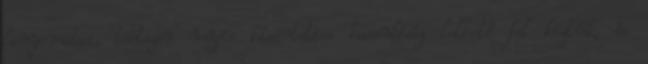
lenyomatai, többször mégis kísérteties hasonlóság lelhető fel köztük, és